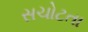
સચોટતા